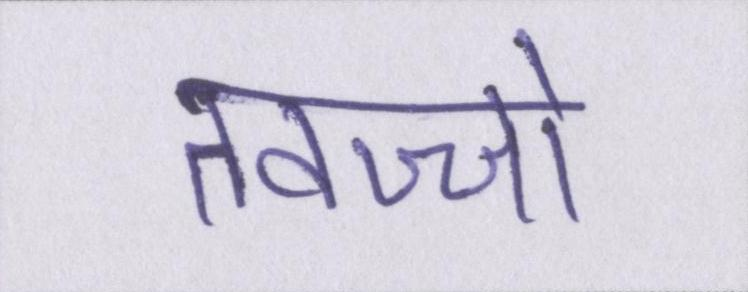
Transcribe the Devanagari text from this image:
तवज्जो